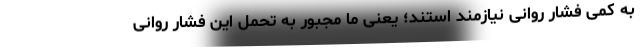
به کمی فشار روانی نیازمند استند؛ یعنی ما مجبور به تحمل این فشار روانی